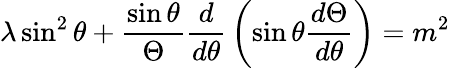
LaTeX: \lambda\sin^{2}\theta+{\frac{\sin\theta}{\Theta}}{\frac{d}{d\theta}}\left(\sin\theta{\frac{d\Theta}{d\theta}}\right)=m^{2}